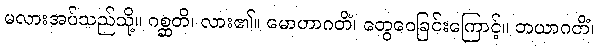
မလားအပ်သည်သို့။ ဂစ္ဆတိ၊ လား၏။ မောဟာဂတိံ၊ တွေဝေခြင်းကြောင့်။ ဘယာဂတိံ၊